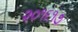
૨૦૧૬૧૭